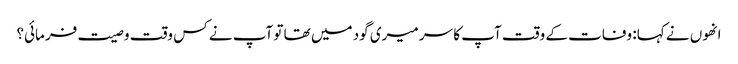
انھوں نے کہا: وفات کے وقت آپ کا سر میری گود میں تھا تو آپ نے کس وقت وصیت فرمائی؟